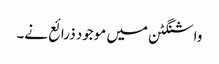
واشنگٹن میں موجود ذرائع نے۔